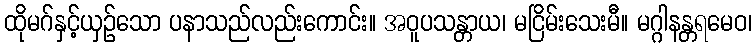
ထိုမဂ်နှင့်ယှဉ်သော ပနာသည်လည်းကောင်း။ အဝူပသန္တာယ၊ မငြိမ်းသေးမီ။ မဂ္ဂါနန္တရမေဝ၊